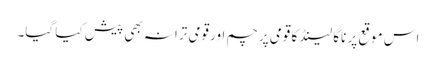
اس موقع پر ناگا لینڈ کا قومی پرچم اور قومی ترانہ بھی پیش کیا گیا۔